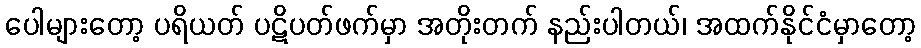
ပေါများတော့ ပရိယတ် ပဋိပတ်ဖက်မှာ အတိုးတက် နည်းပါတယ်၊ အထက်နိုင်ငံမှာတော့